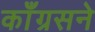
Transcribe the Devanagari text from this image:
काँग्रसने